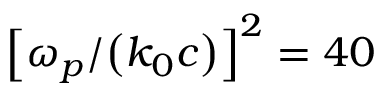
{ \left[ \omega _ { p } / { \left( k _ { 0 } c \right) } \right] } ^ { 2 } = 4 0